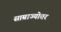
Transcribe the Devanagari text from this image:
साम्राज्योत्तर